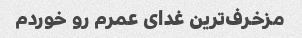
مزخرف‌ترین غدای عمرم رو خوردم